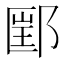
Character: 𰻲